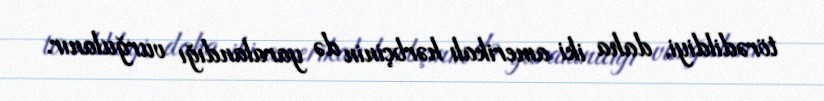
törədildiyi, daha iki amerikalı hərbçinin də yaralandığı vurğulanır.